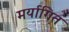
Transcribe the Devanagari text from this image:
मर्यागित